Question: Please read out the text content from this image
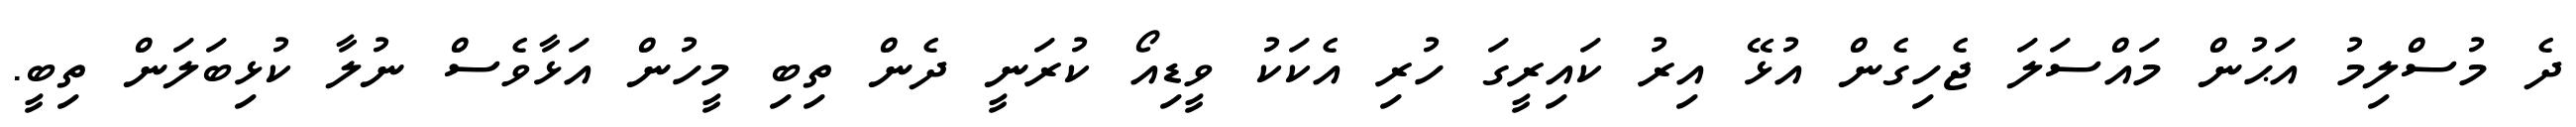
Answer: ދެ މުސްލިމު އަޙުން މައްސަލަ ޖެހިގެން އުޅޭ އިރު ކައިރީގަ ހުރި އެކަކު ވީޑިއޯ ކުރަނީ ދެން ތިބި މީހުން އަޅާވެސް ނުލާ ކުޅިބަލަން ތިބީ.